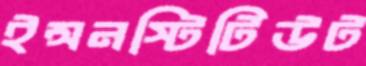
ইন্সনস্টিটিউট